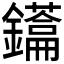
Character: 𮣢